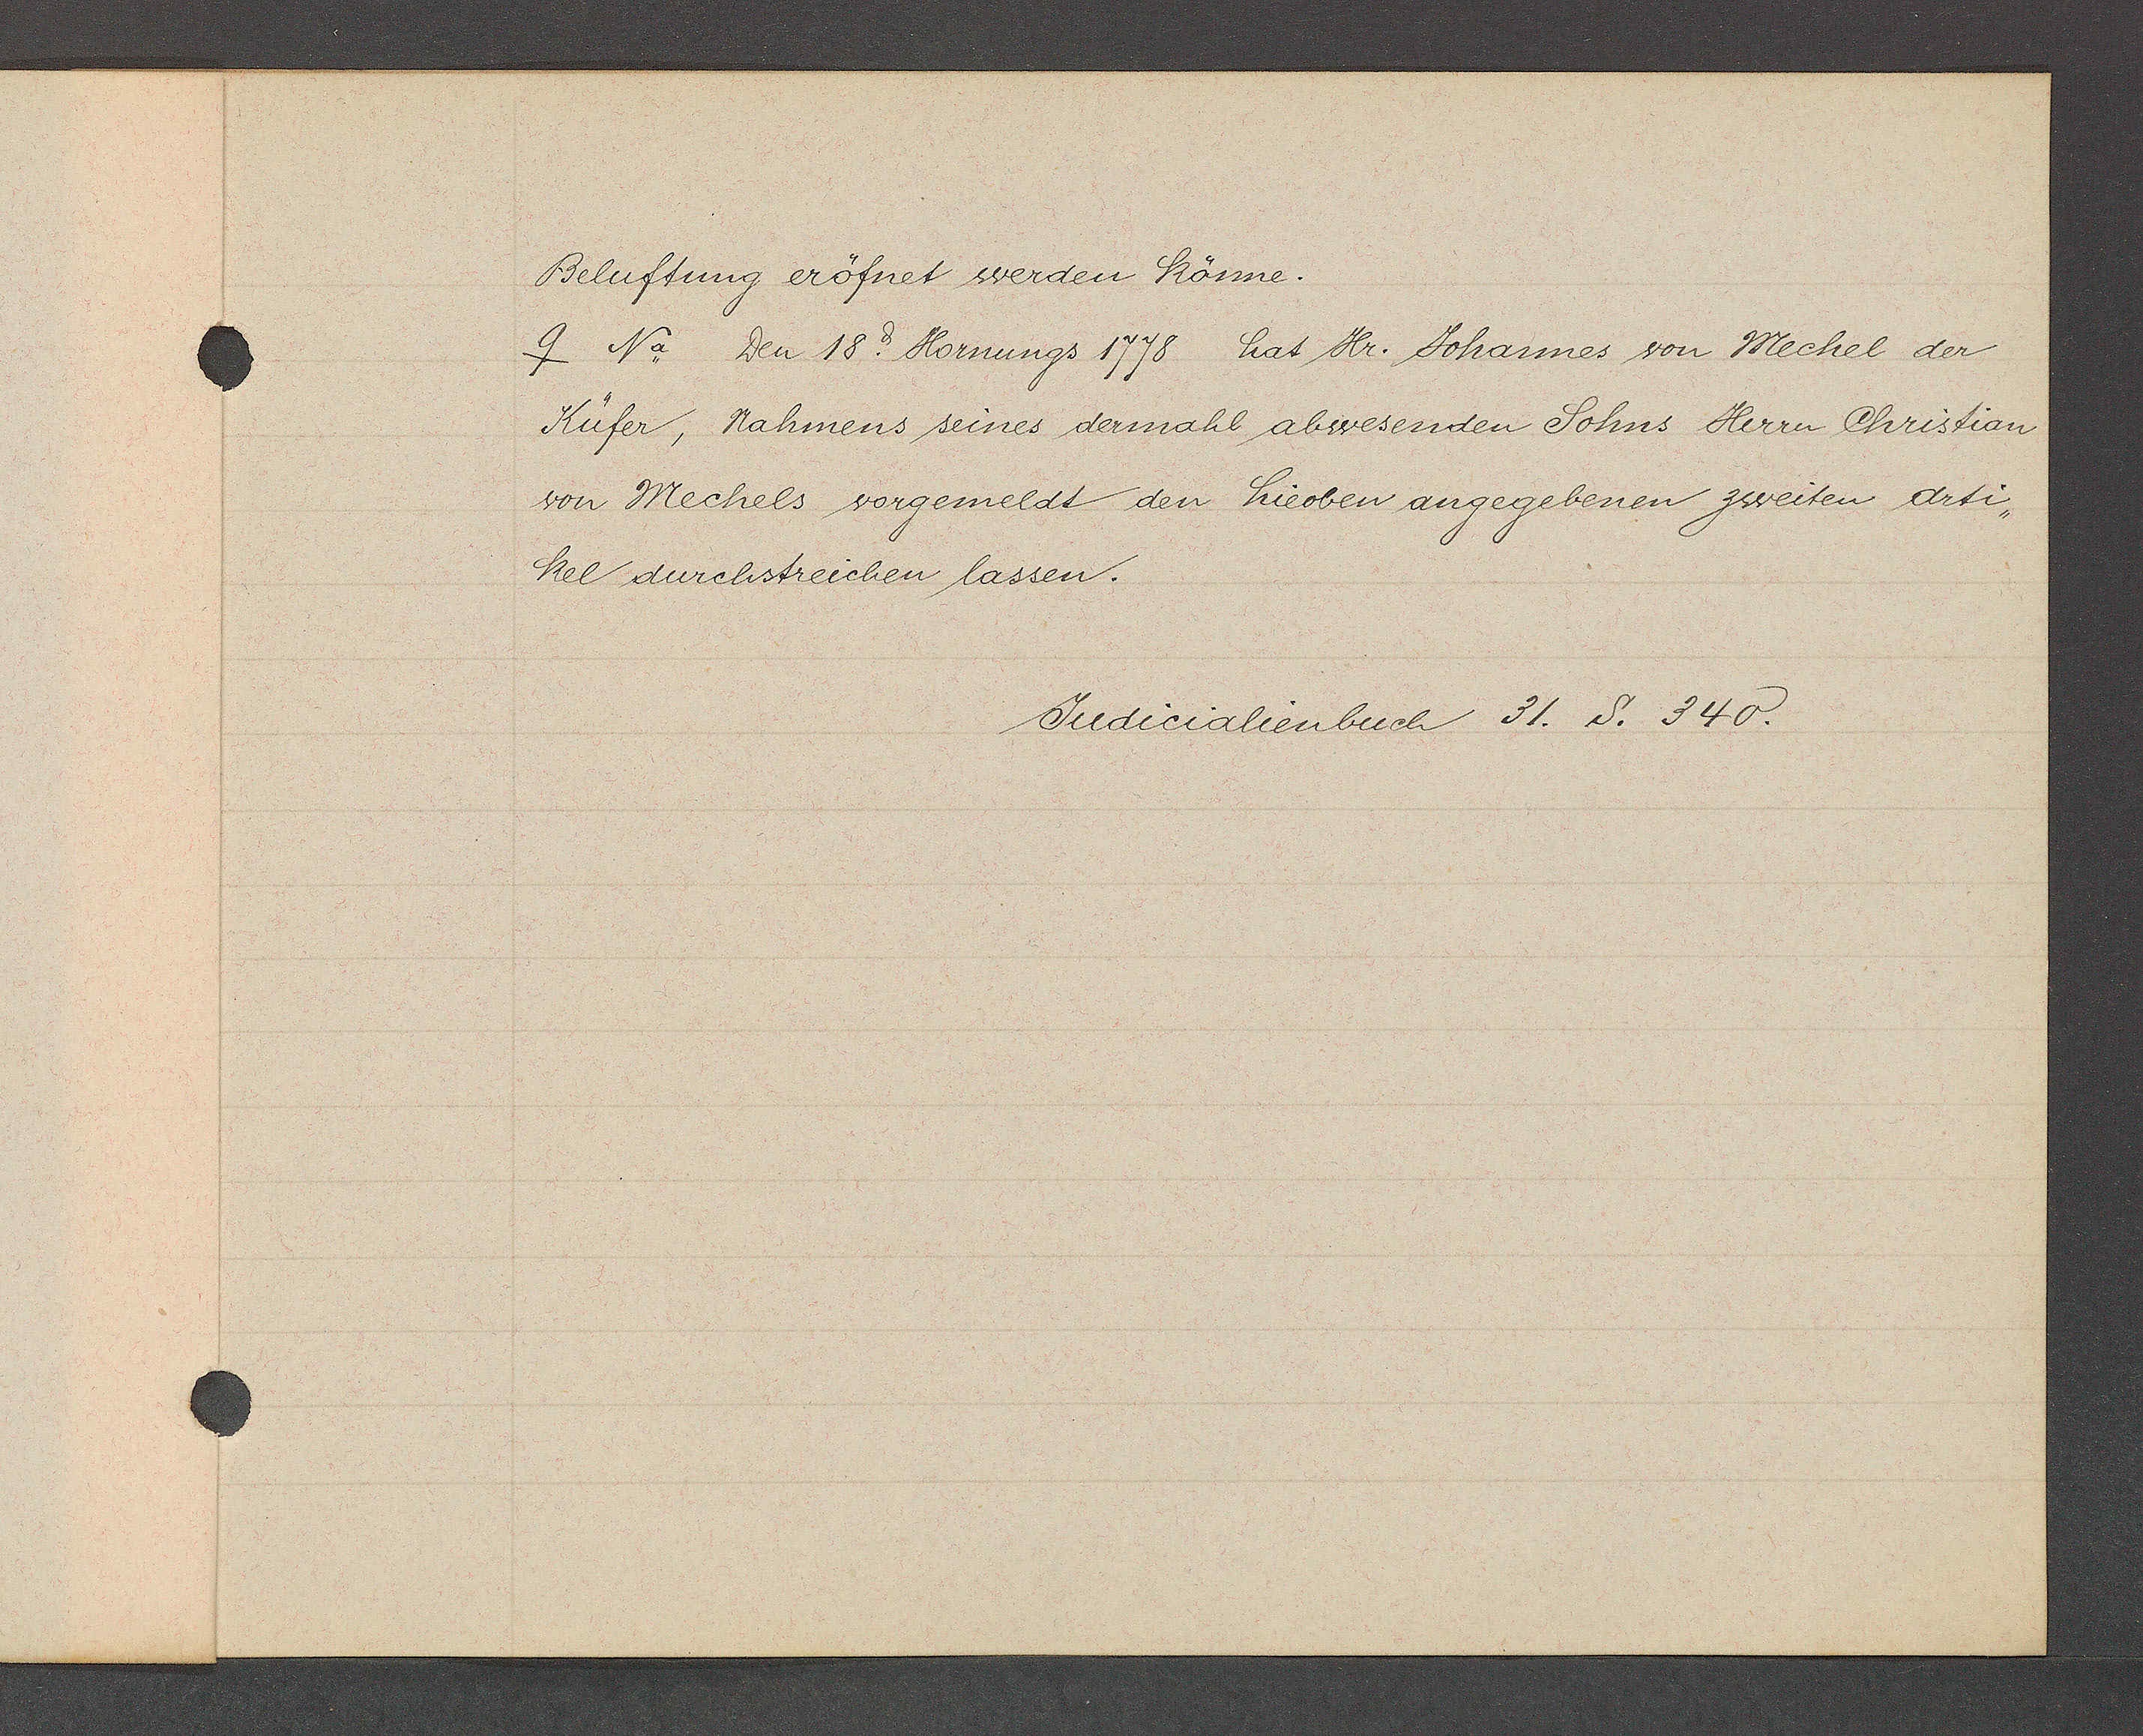
Transcript:
Beluftung eröfnet werden Könne.

ɋ Na. Den 18. Hornungs 1778 hat Hr. Johannes von Mechel der
Küfer, Nahmens seines dermahl abwesenden Sohns Herrn Christian
von Mechels vorgemeldt den hieoben angegebenen zweiten arti¬
kel durchstreichen lassen.

Judicalienbuch 31. S. 340.